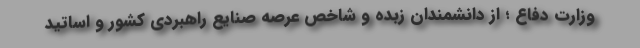
وزارت دفاع ؛ از دانشمندان زبده و شاخص عرصه صنایع راهبردی کشور و اساتید